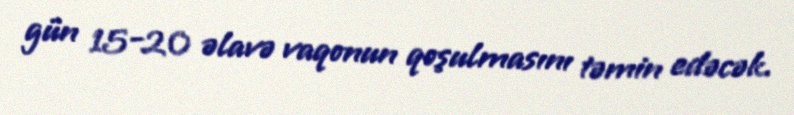
gün 15-20 əlavə vaqonun qoşulmasını təmin edəcək.